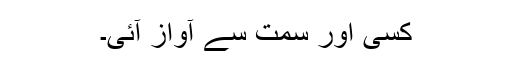
کسی اور سمت سے آواز آئی۔